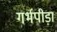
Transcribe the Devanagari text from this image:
गर्भपीड़ा